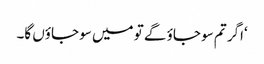
‘اگر تم سو جاؤ گے تو میں سو جاؤں گا۔